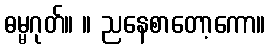
ဓမ္မဂုတ်။ ။ ညနေစာတော့ကော။